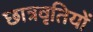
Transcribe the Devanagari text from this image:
छात्रवृतियों